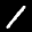
Label: 1